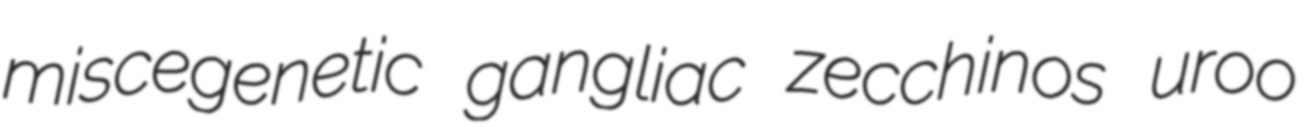
miscegenetic gangliac zecchinos uroo